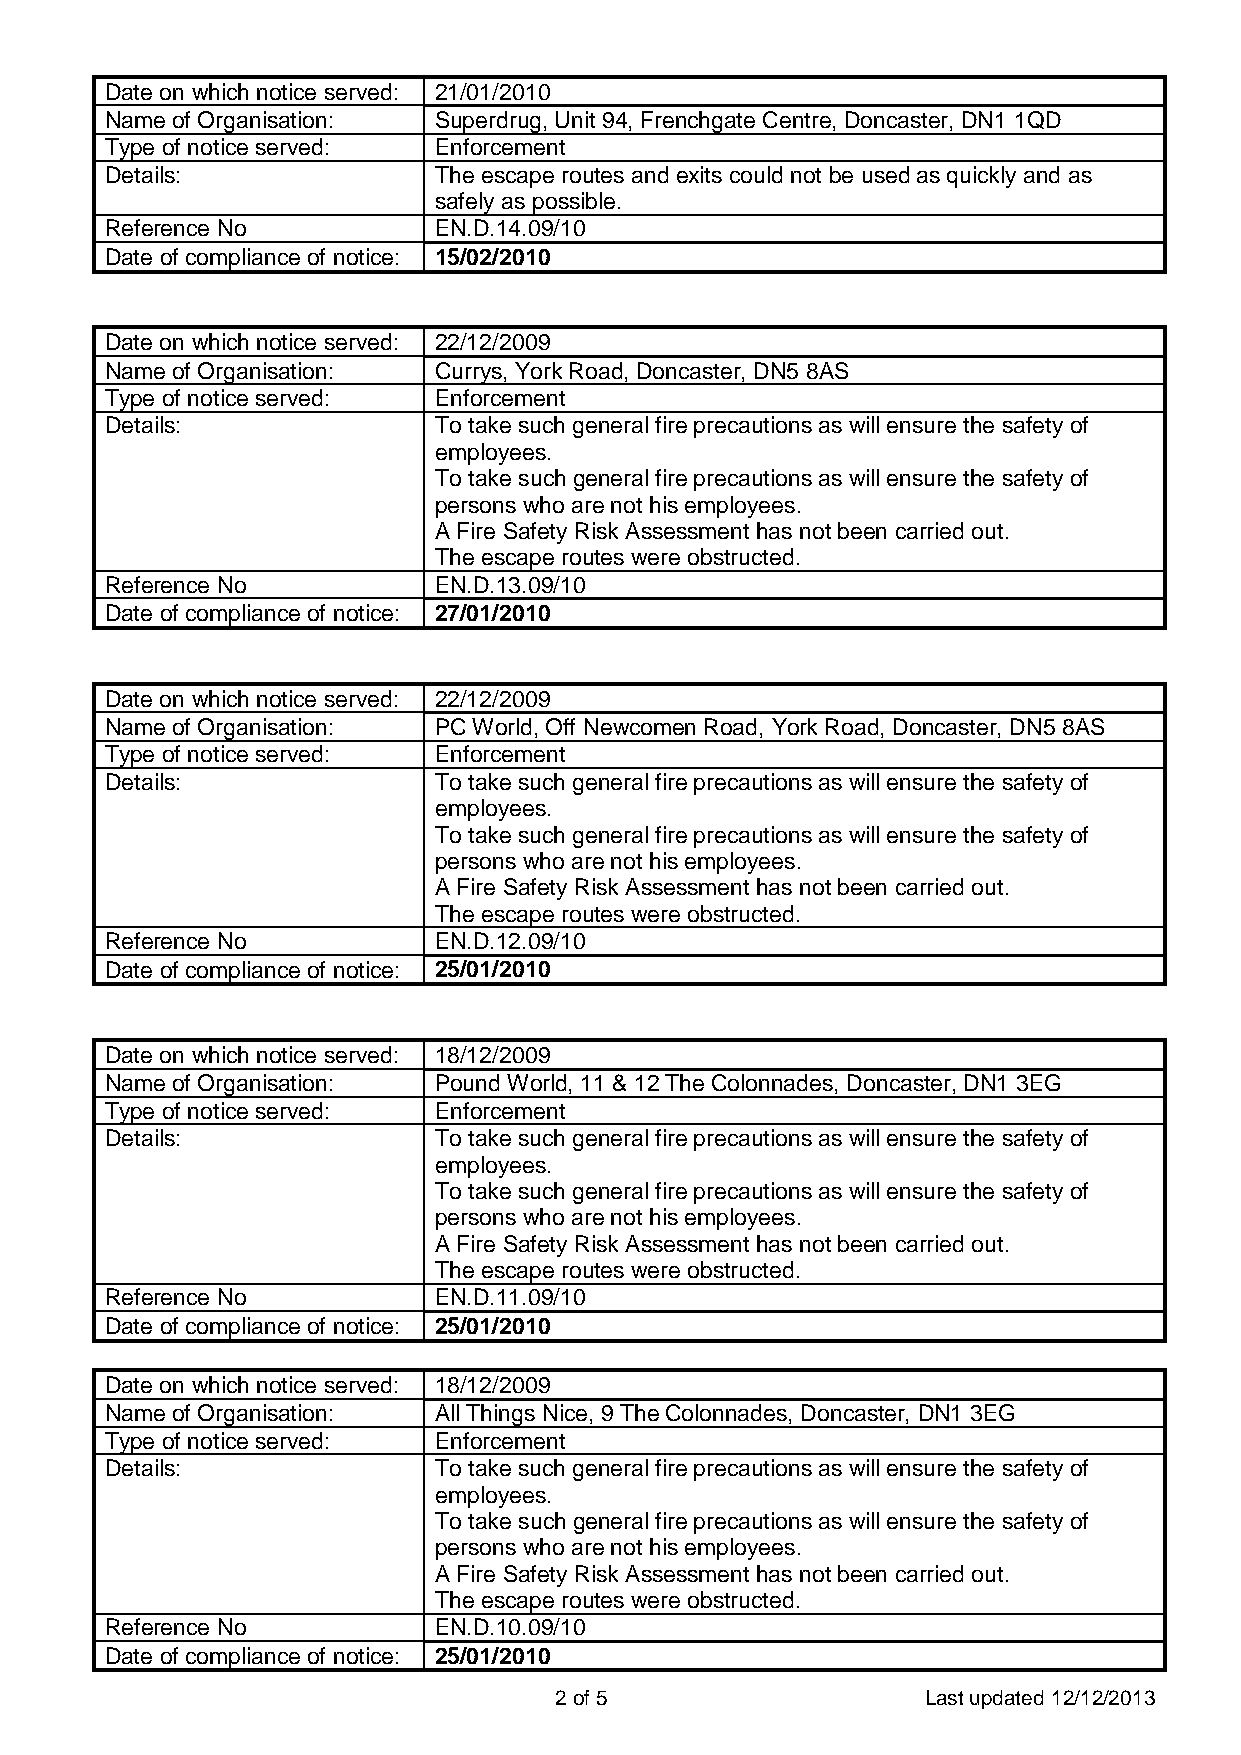
Date on which notice served: 21/01/2010
 Name of Organisation: Superdrug, Unit 94, Frenchgate Centre, Doncaster, DN1 1QD
 Type of notice served: Enforcement
 Details:              The escape routes and exits could not be used as quickly and as
 safely as possible.
 Reference No          EN.D.14.09/10
 Date of compliance of notice: 15/02/2010
 Date on which notice served: 22/12/2009
 Name of Organisation: Currys, York Road, Doncaster, DN5 8AS
 Type of notice served: Enforcement
 Details:              To take such general fire precautions as will ensure the safety of
 employees.
 To take such general fire precautions as will ensure the safety of
 persons who are not his employees.
 A Fire Safety Risk Assessment has not been carried out.
 The escape routes were obstructed.
 Reference No          EN.D.13.09/10
 Date of compliance of notice: 27/01/2010
 Date on which notice served: 22/12/2009
 Name of Organisation: PC World, Off Newcomen Road, York Road, Doncaster, DN5 8AS
 Type of notice served: Enforcement
 Details:              To take such general fire precautions as will ensure the safety of
 employees.
 To take such general fire precautions as will ensure the safety of
 persons who are not his employees.
 A Fire Safety Risk Assessment has not been carried out.
 The escape routes were obstructed.
 Reference No          EN.D.12.09/10
 Date of compliance of notice: 25/01/2010
 Date on which notice served: 18/12/2009
 Name of Organisation: Pound World, 11 & 12 The Colonnades, Doncaster, DN1 3EG
 Type of notice served: Enforcement
 Details:              To take such general fire precautions as will ensure the safety of
 employees.
 To take such general fire precautions as will ensure the safety of
 persons who are not his employees.
 A Fire Safety Risk Assessment has not been carried out.
 The escape routes were obstructed.
 Reference No          EN.D.11.09/10
 Date of compliance of notice: 25/01/2010
 Date on which notice served: 18/12/2009
 Name of Organisation: All Things Nice, 9 The Colonnades, Doncaster, DN1 3EG
 Type of notice served: Enforcement
 Details:              To take such general fire precautions as will ensure the safety of
 employees.
 To take such general fire precautions as will ensure the safety of
 persons who are not his employees.
 A Fire Safety Risk Assessment has not been carried out.
 The escape routes were obstructed.
 Reference No          EN.D.10.09/10
 Date of compliance of notice: 25/01/2010
 2 of 5                  Last updated 12/12/2013